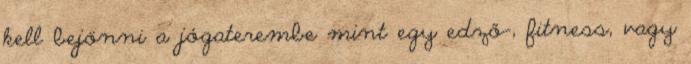
kell bejönni a jógaterembe mint egy edző-, fitness, vagy